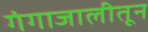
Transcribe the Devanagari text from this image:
गंगाजालीतून